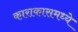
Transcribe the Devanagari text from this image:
काराकासमध्ये